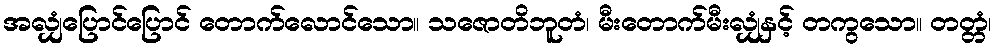
အလျှံပြောင်ပြောင် တောက်လောင်သော။ သဇောတိဘူတံ၊ မီးတောက်မီးလျှံနှင့် တကွသော။ တတ္တံ၊